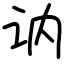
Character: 讷